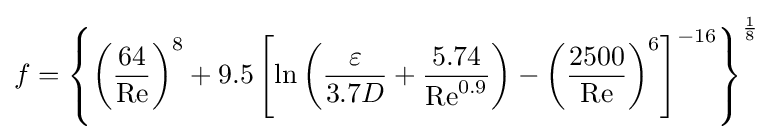
f=\left\lbrace \left({\frac {64}{\mathrm {Re} }}\right)^{8}+9.5\left[\ln \left({\frac {\varepsilon }{{3.7}{D}}}+{\frac {5.74}{\mathrm {Re} ^{0.9}}}\right)-\left({\frac {2500}{\mathrm {Re} }}\right)^{6}\right]^{-16}\right\rbrace ^{\frac {1}{8}}